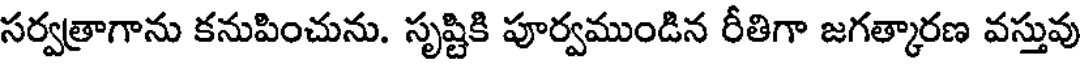
సర్వత్రాగాను కనుపించును. సృష్టికి పూర్వముండిన రీతిగా జగత్కారణ వస్తువు